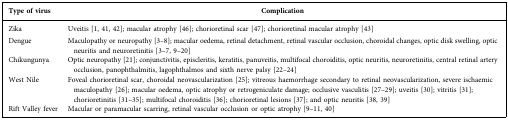
| Type of virus | Complication |
 | --- | --- |
 | Zika | Uveitis [1, 41, 42]; macular atrophy [46]; chorioretinal scar [47]; chorioretinal macular atrophy [43] |
 | Dengue | Maculopathy or neuropathy [3–8]; macular oedema, retinal detachment, retinal vascular occlusion, choroidal changes, optic disk swelling, optic neuritis and neuroretinitis [3–7, 9–20] |
 | Chikungunya | Optic neuropathy [21]; conjunctivitis, episcleritis, keratitis, panuveitis, multifocal choroiditis, optic neuritis, neuroretinitis, central retinal artery occlusion, panophthalmitis, lagophthalmos and sixth nerve palsy [22–24] |
 | West Nile | Foveal chorioretinal scar, choroidal neovascularization [25]; vitreous haemorrhage secondary to retinal neovascularization, severe ischaemic maculopathy [26]; macular oedema, optic atrophy or retrogeniculate damage; occlusive vasculitis [27–29]; uveitis [30]; vitritis [31]; chorioretinitis [31–35]; multifocal choroiditis [36]; chorioretinal lesions [37]; and optic neuritis [38, 39] |
 | Rift Valley fever | Macular or paramacular scarring, retinal vascular occlusion or optic atrophy [9–11, 40] |